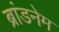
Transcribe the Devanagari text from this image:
ब्रांडनेम